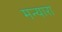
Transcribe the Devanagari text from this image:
मन्यारा